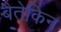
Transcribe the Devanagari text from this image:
बैतेकिन